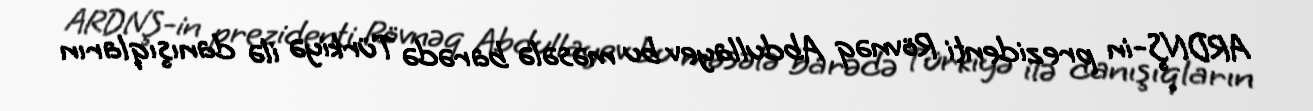
ARDNŞ-in prezidenti Rövnəq Abdullayev bu məsələ barədə Türkiyə ilə danışıqların